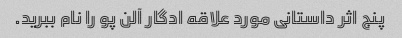
پنج اثر داستانی مورد علاقه ادگار آلن پو را نام ببرید.